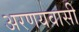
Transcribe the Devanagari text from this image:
अरणयवासी